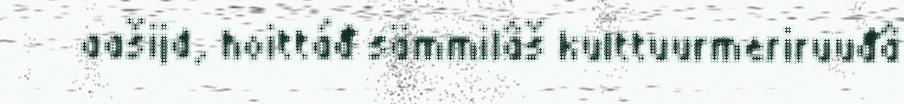
aašijd, hoittáđ sämmilâš kulttuurmeriruuđâ